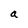
Character: a